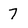
Character: 7